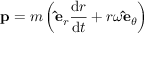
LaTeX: \mathbf { p } = m \left( \mathbf { \hat { e } } _ { r } { \frac { \mathrm { d } r } { \mathrm { d } t } } + r \omega \mathbf { \hat { e } } _ { \theta } \right)